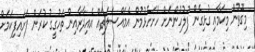
މިގޮތުން މިކަމާއި ގުޅިގެން ފުލުހުންނަށް ހުށަހެޅުމުން އެމައްސަލަތައް އެއިދާރާއިން ތަހުގީގު ކުރަން ފަށައިފިކަމަށް